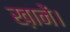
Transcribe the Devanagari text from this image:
ख़ानें।